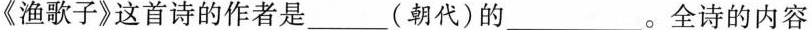
《渔歌子》这首诗的作者是_____(朝代)的___。全诗的内容